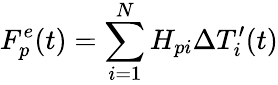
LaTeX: F_{p}^{e}(t)=\sum_{i=1}^{N}H_{pi}\Delta T_{i}^{\prime}(t)